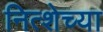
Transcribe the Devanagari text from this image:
नित्शेच्या